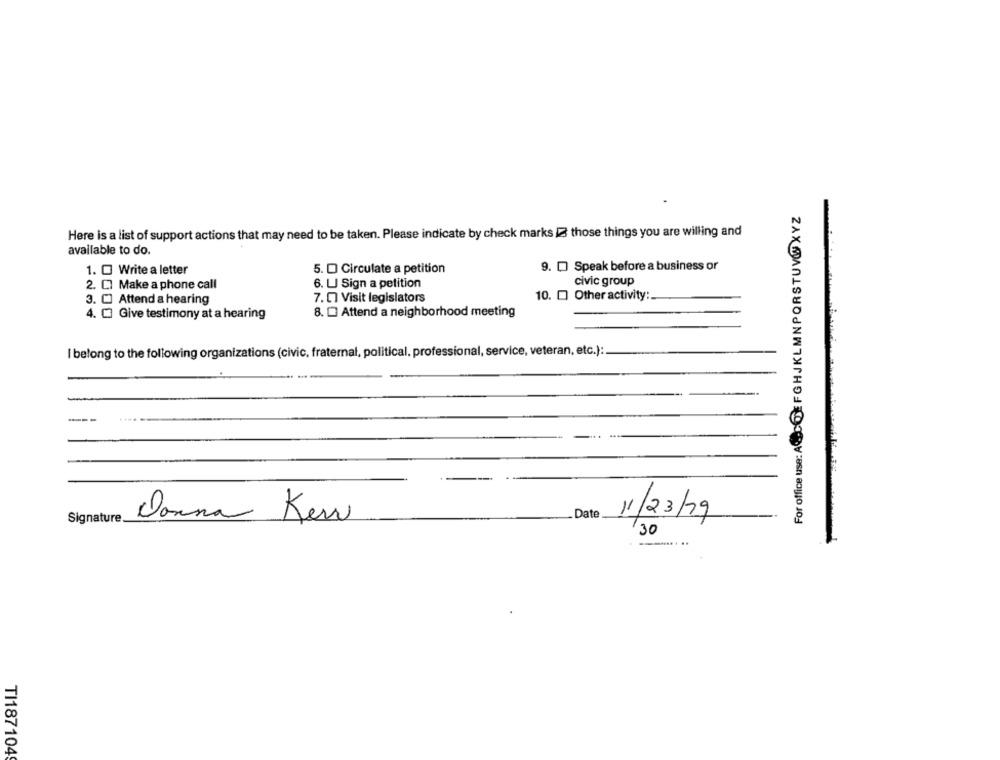
For office use: ACCOE FGHJKLMNPQRSTUV@XYZ
Here is a list of support actions that may need to be taken. Please indicate by check marks 3 those things you are willing and
available to do.
9. [ Speak before a business or
1. O Write a letter
5. D Circulate a petition
civic group
2. CI Make a phone call
6. LI Sign a petition
10. 0 Other activity:
3. O Attend a hearing
7. [] Visit legislators
4. [] Give testimony at a hearing
8. [ Attend a neighborhood meeting
belong to the following organizations (civic, fraternal, political, professional, service, veteran, etc.):
Signature
Date
11/23/19
Donna Ken
30
TI187104